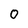
Character: 0